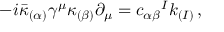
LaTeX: - i \bar { \kappa } _ { ( \alpha ) } \gamma ^ { \mu } \kappa _ { ( \beta ) } \partial _ { \mu } = c _ { \alpha \beta } { } ^ { I } k _ { ( I ) } \, ,